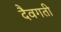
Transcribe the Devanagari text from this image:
दैवगती